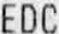
EDC